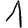
Digit: 1